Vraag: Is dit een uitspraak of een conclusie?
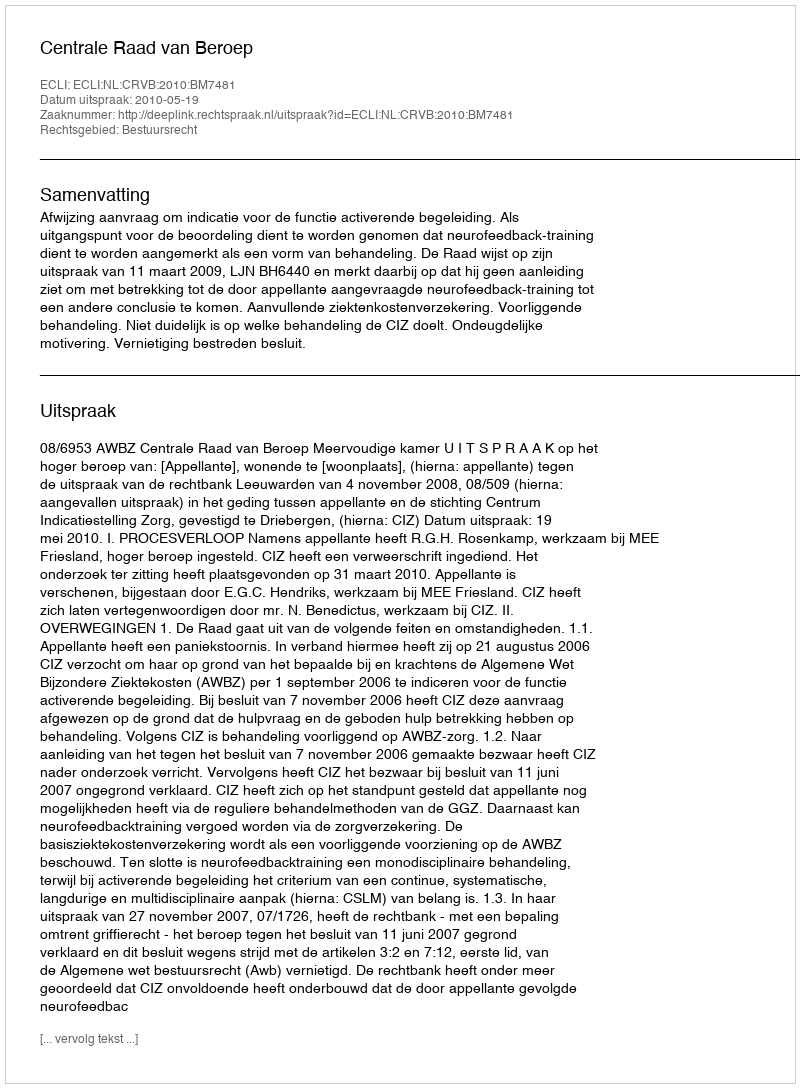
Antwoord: Uitspraak